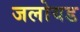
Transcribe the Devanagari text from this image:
जलोयड